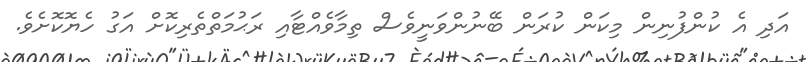
އަދި އެ ކުންފުނިން މިކަން ކުރަން ބޭނުންވަނީވެސް ތިމާވެއްޓާއި ރަޙުމަތްތެރިކޮށް އަގު ހެޔޮކޮށެވެ.